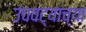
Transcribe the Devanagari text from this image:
उंचवट्याच्या